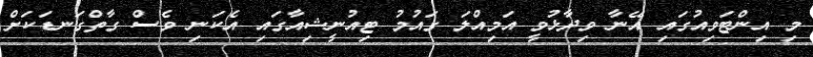
މި އިންޓަވިއުގައި އޭނާ ވިދާޅުވީ އަމިއްލަ ގައުމު ޓިއުނީޝިއާގައި އެކަނި ވެސް ގާތްގަނޑަކަށް